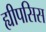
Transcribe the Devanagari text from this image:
ह्यीपसिस